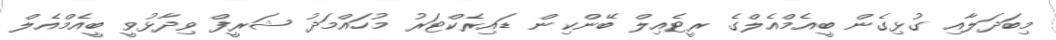
މިބަދަލާއި ގުޅިގެން ބީއެމްއެލްގެ ރީޓެއިލް ބޭންކިން ޑައިރެކްޓަރު މުހައްމަދު ޝަރީފް ވިދާޅުވީ ބީއެމްއެލް